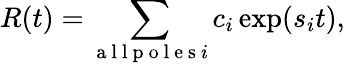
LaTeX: R(t)=\sum_{\mathrm{~a~l~l~p~o~l~e~s~}i}{{{c}_{i}}\exp({{s}_{i}}t)},